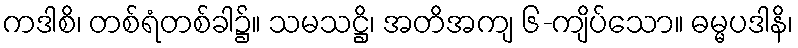
ကဒါစိ၊ တစ်ရံတစ်ခါ၌။ သမသဋ္ဌိ၊ အတိအကျ ၆-ကျိပ်သော။ ဓမ္မပဒါနိ၊